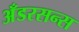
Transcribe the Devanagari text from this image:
अँडरसन्स